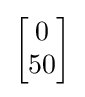
{\begin{bmatrix}0\\50\end{bmatrix}}